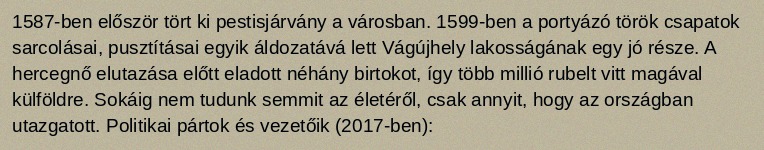
1587-ben először tört ki pestisjárvány a városban. 1599-ben a portyázó török csapatok sarcolásai, pusztításai egyik áldozatává lett Vágújhely lakosságának egy jó része. A hercegnő elutazása előtt eladott néhány birtokot, így több millió rubelt vitt magával külföldre. Sokáig nem tudunk semmit az életéről, csak annyit, hogy az országban utazgatott. Politikai pártok és vezetőik (2017-ben):